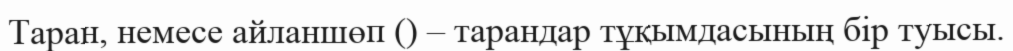
Таран, немесе айланшөп () – тарандар тұқымдасының бір туысы.